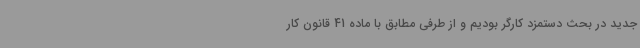
جدید در بحث دستمزد کارگر بودیم و از طرفی مطابق با ماده 41 قانون کار